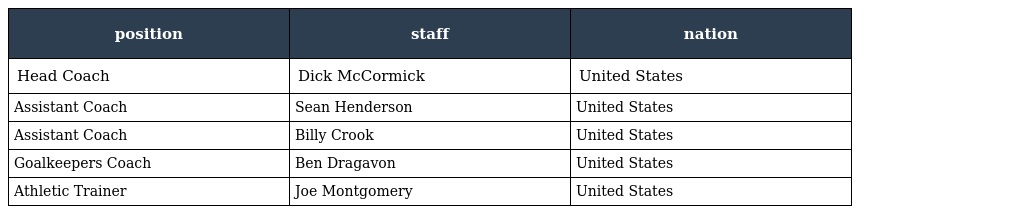
| position | staff | nation |
 | --- | --- | --- |
 | Head Coach | Dick McCormick | United States |
 | Assistant Coach | Sean Henderson | United States |
 | Assistant Coach | Billy Crook | United States |
 | Goalkeepers Coach | Ben Dragavon | United States |
 | Athletic Trainer | Joe Montgomery | United States |